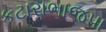
કટારાભાજપા